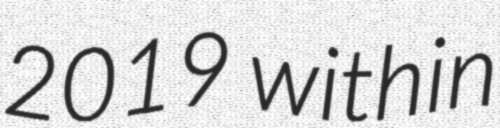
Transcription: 2019 within